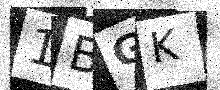
Text: 1BGK